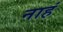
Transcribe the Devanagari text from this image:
नाहं